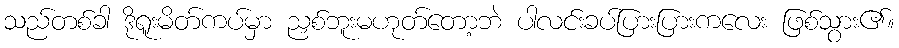
သည်တစ်ခါ ဒိုရူးမိတ်ကပ်မှာ ညှစ်ဘူးမဟုတ်တော့ဘဲ ပာလင်းခပ်ပြားပြားကလေး ဖြစ်သွား၏။